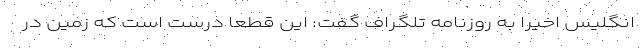
انگلیس اخیراً به روزنامه تلگراف گفت: این قطعاً درست است که زمین در